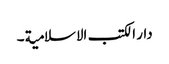
دار الکتب الاسلامیة ۔